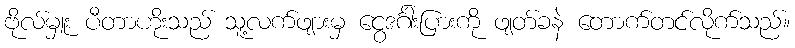
ဗိုလ်မှူး ပီတာဟိုးသည် သူ့လက်ဖျားမှ ငွေဒင်္ဂါးပြားကို ဖျတ်ခနဲ တောက်တင်လိုက်သည်။